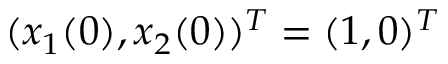
( x _ { 1 } ( 0 ) , x _ { 2 } ( 0 ) ) ^ { T } = ( 1 , 0 ) ^ { T }